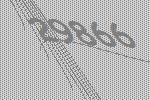
29866